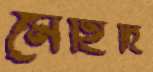
মেহিদি